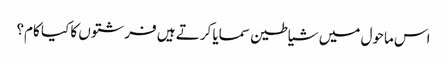
اس ماحول میں شیاطین سمایا کرتے ہیں فرشتوں کا کیا کام؟